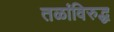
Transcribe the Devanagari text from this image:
तळांविरुद्ध